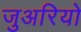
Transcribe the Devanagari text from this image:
जुअरियो